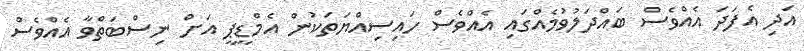
އަދި އެފަދަ އެއްވެސް ބައްދަލުވުމެއްގައި އެއްވެސް ހައިސިއްޔަތަކުން އެމްޑީޕީ އަށް ނިސްބަތްވާ އެއްވެސް